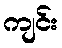
ကျင်း